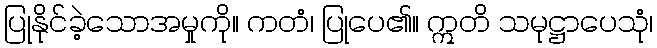
ပြုနိုင်ခဲ့သောအမှုကို။ ကတံ၊ ပြုပေ၏။ ဣတိ သမုဋ္ဌာပေသုံ၊